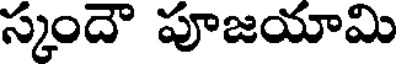
స్కందౌ పూజయామి